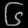
Digit: ၆